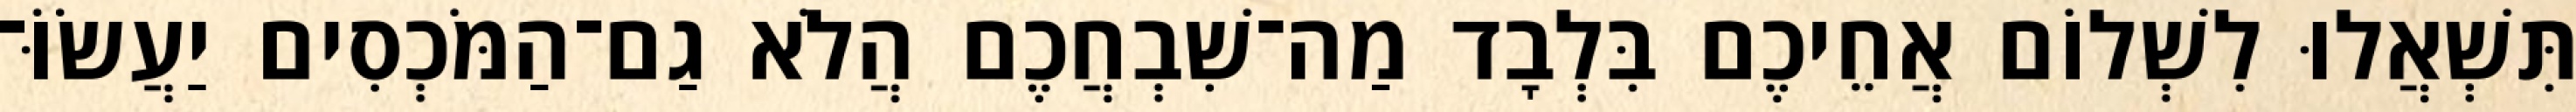
תִּשְׁאֲלוּ לִשְׁלוֹם אֲחֵיכֶם בִּלְבָד מַה־שִׁבְחֲכֶם הֲלֹא גַם־הַמֹּכְסִים יַעֲשׂוֹּ־